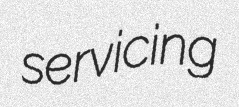
servicing